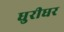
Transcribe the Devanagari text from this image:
धुरीधर